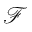
\mathcal { F }